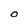
Character: O